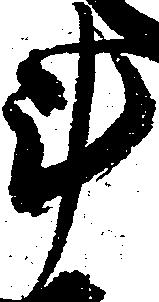
斗